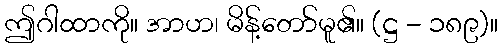
ဤဂါထာကို။ အာဟ၊ မိန့်တော်မူ၏။ (ဋ္ဌ - ၁၈၉)။